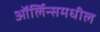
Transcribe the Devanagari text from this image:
ऑर्लिन्समधील